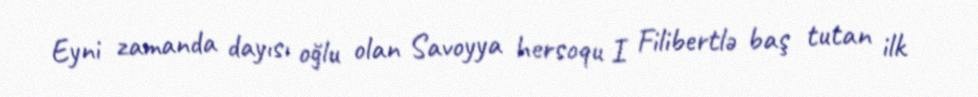
Eyni zamanda dayısı oğlu olan Savoyya hersoqu I Filibertlə baş tutan ilk